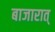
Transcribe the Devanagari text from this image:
बाजारात्‌